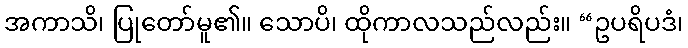
အကာသိ၊ ပြုတော်မူ၏။ သောပိ၊ ထိုကာလသည်လည်း။ “ဥပရိပဒံ၊